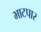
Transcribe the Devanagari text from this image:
भाटपार